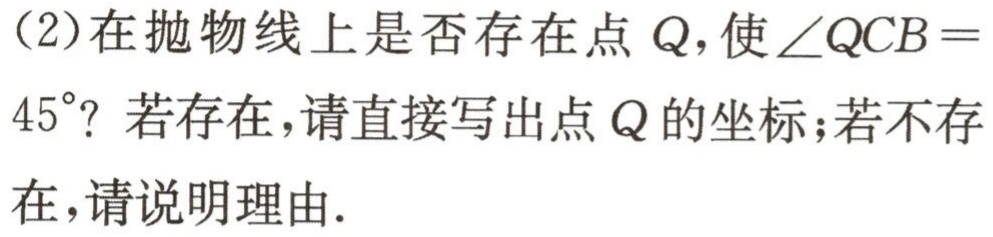
（2）在抛物线上是否存在点\(Q\)，使\(\angle QCB = 45^{\circ}\)？若存在，请直接写出点\(Q\)的坐标；若不存在，请说明理由.